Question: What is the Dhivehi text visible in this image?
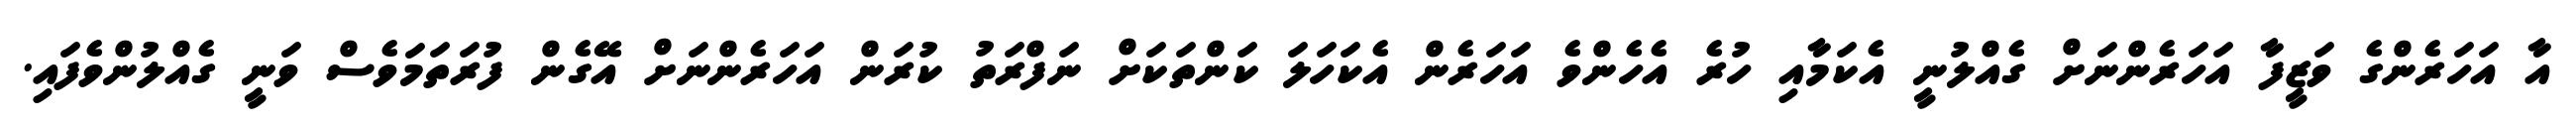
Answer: އާ އަހަރެންގެ ވަޒީފާ އަހަރެންނަށް ގެއްލުނީ އެކަމާއި ހުރެ އެހެންވެ އަހަރެން އެކަހަލަ ކަންތަކަށް ނަފްރަތު ކުރަން އަހަރެންނަށް އޭގެން ފުރަތަމަވެސް ވަނީ ގެއްލުންވެފައި.